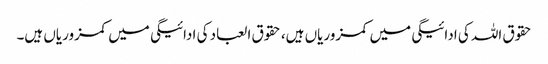
حقوق اللہ کی ادائیگی میں کمزوریاں ہیں، حقوق العباد کی ادائیگی میں کمزوریاں ہیں۔